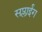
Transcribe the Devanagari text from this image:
सप्लाईंग